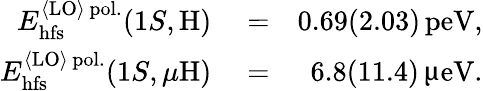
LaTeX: \begin{array}{rlr}{E_{\mathrm{hfs}}^{{\langle\mathrm{LO}\rangle}\, \mathrm{pol.}}(1S,\mathrm{H})}&{{}=}&{0.69(2.03)\, \mathrm{peV},}\\ {E_{\mathrm{hfs}}^{{\langle\mathrm{LO}\rangle}\, \mathrm{pol.}}(1S,\mu\mathrm{H})}&{{}=}&{6.8(11.4)\, \upmu\mathrm{eV}.}\end{array}